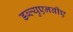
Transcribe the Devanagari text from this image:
डब्ल्युएनबीए